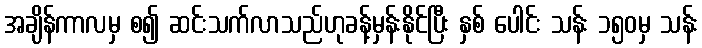
အချိန်ကာလမှ စ၍ ဆင်းသက်လာသည်ဟုခန့်မှန်းနိုင်ပြီး နှစ် ပေါင်း သန်း ၁၅၀မှ သန်း